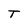
Character: T